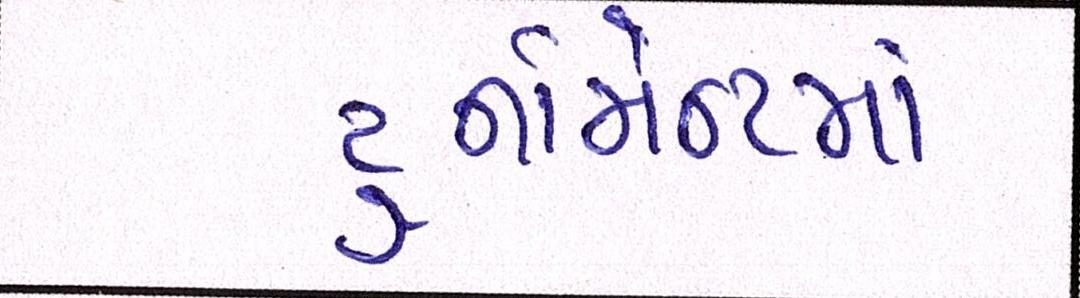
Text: ટૂર્નામેન્ટમાં